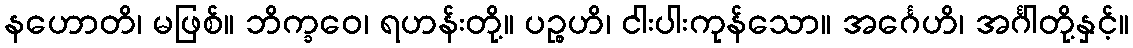
နဟောတိ၊ မဖြစ်။ ဘိက္ခဝေ၊ ရဟန်းတို့။ ပဉ္စဟိ၊ ငါးပါးကုန်သော။ အင်္ဂေဟိ၊ အင်္ဂါတို့နှင့်။